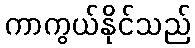
ကာကွယ်နိုင်သည်